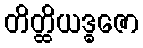
တိတ္ထိယဒ္ဓဇော